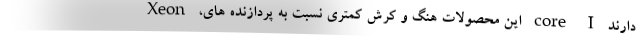
Xeon ،این محصولات هنگ و کرش کمتری نسبت به پردازنده های core I دارند